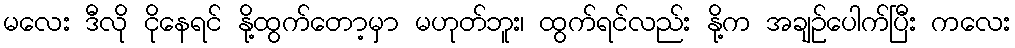
မလေး ဒီလို ငိုနေရင် နို့ထွက်တော့မှာ မဟုတ်ဘူး၊ ထွက်ရင်လည်း နို့က အချဉ်ပေါက်ပြီး ကလေး